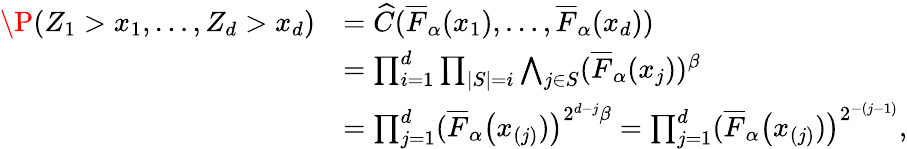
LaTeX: \begin{array}{rl}{\P(Z_{1}>x_{1},\ldots,Z_{d}>x_{d})}&{=\widehat{C}(\overline{{F}}_{\alpha}(x_{1}),\ldots,\overline{{F}}_{\alpha}(x_{d}))}\\ &{=\prod_{i=1}^{d}\prod_{|S|=i}\bigwedge_{j\in S}(\overline{{F}}_{\alpha}(x_{j}))^{\beta}}\\ &{=\prod_{j=1}^{d}(\overline{{F}}_{\alpha}\left(x_{(j)})\right)^{2^{d-j}\beta}=\prod_{j=1}^{d}(\overline{{F}}_{\alpha}\left(x_{(j)})\right)^{2^{-(j-1)}},}\end{array}